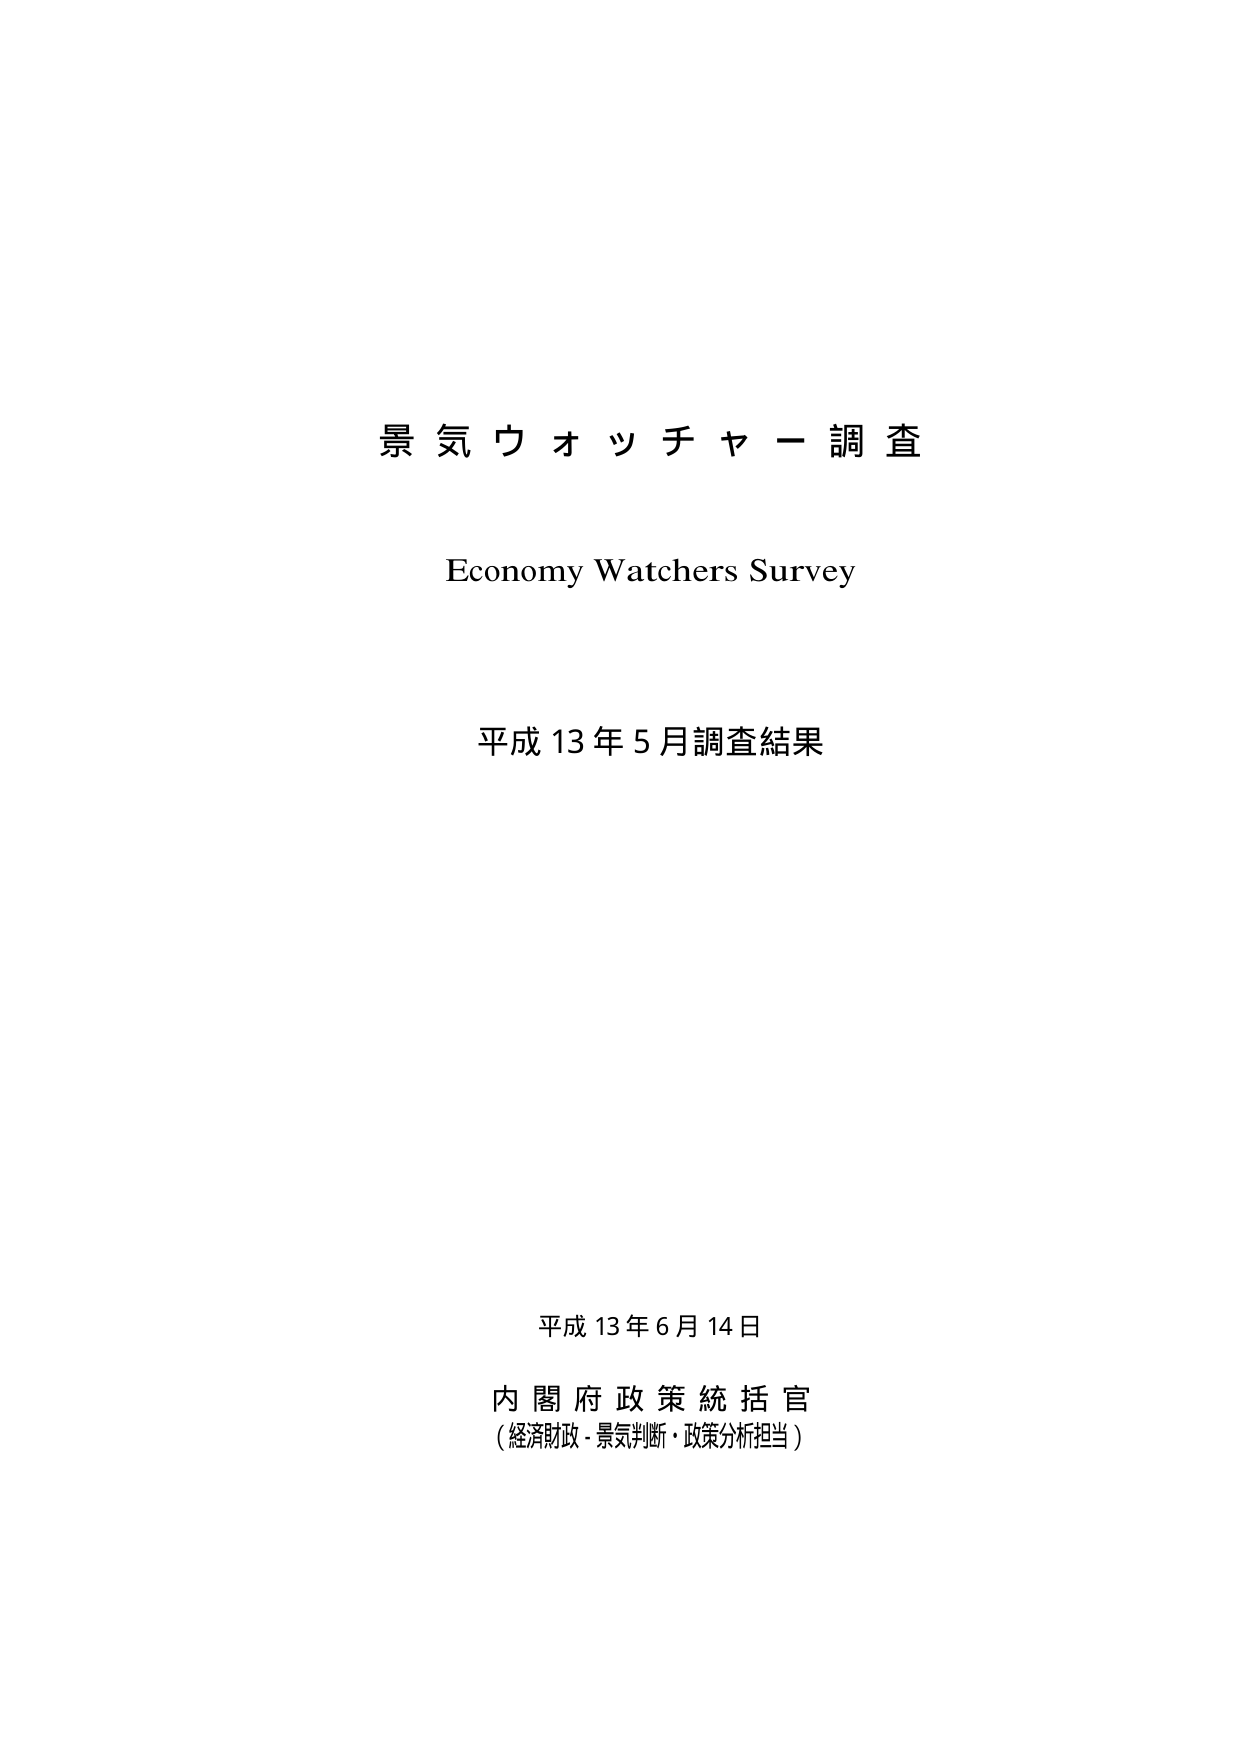
景気ウォッチャー調査
Economy Watchers Survey
平成13年5月調査結果

平成13年6月14日
内閣府政策統括官
（経済財政・景気判断・政策分析担当）